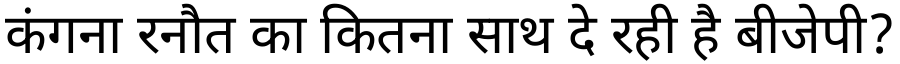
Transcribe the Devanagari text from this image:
कंगना रनौत का कितना साथ दे रही है बीजेपी?